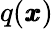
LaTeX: q({\pmb x})